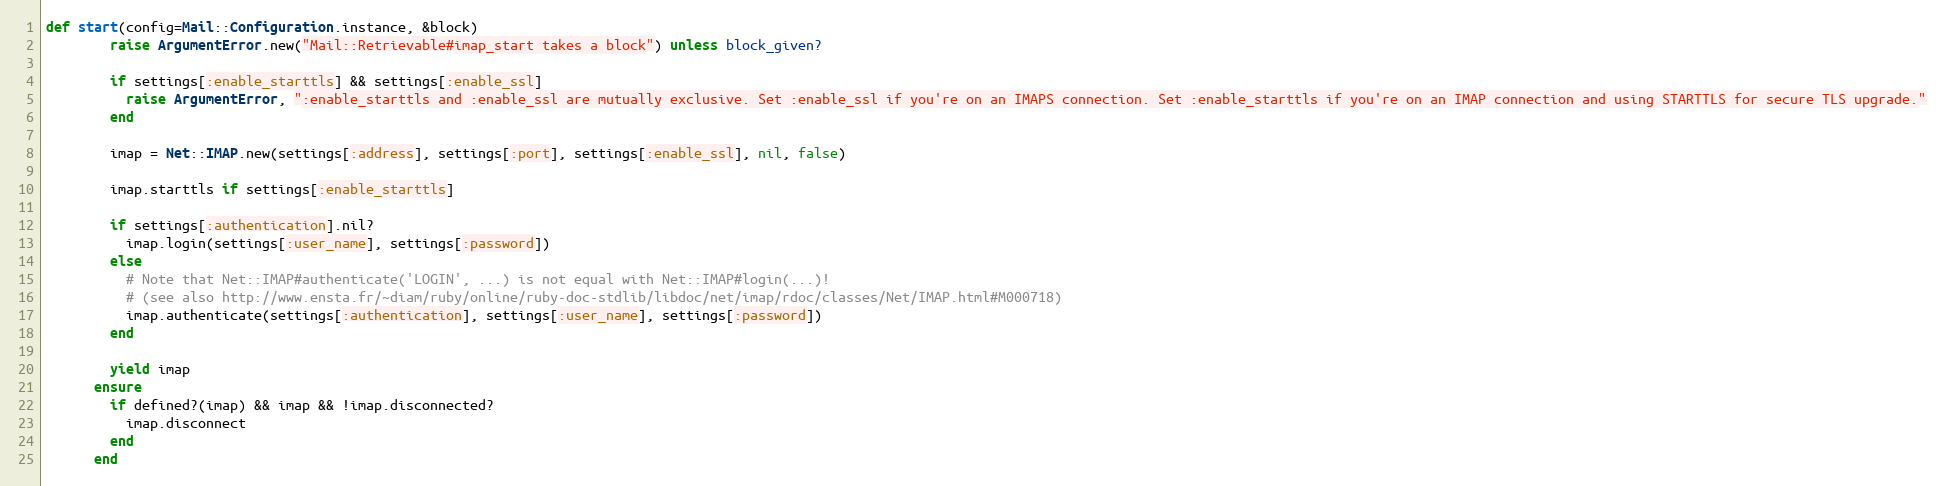
Language: Ruby
def start(config=Mail::Configuration.instance, &block)
        raise ArgumentError.new("Mail::Retrievable#imap_start takes a block") unless block_given?

        if settings[:enable_starttls] && settings[:enable_ssl]
          raise ArgumentError, ":enable_starttls and :enable_ssl are mutually exclusive. Set :enable_ssl if you're on an IMAPS connection. Set :enable_starttls if you're on an IMAP connection and using STARTTLS for secure TLS upgrade."
        end

        imap = Net::IMAP.new(settings[:address], settings[:port], settings[:enable_ssl], nil, false)

        imap.starttls if settings[:enable_starttls]

        if settings[:authentication].nil?
          imap.login(settings[:user_name], settings[:password])
        else
          # Note that Net::IMAP#authenticate('LOGIN', ...) is not equal with Net::IMAP#login(...)!
          # (see also http://www.ensta.fr/~diam/ruby/online/ruby-doc-stdlib/libdoc/net/imap/rdoc/classes/Net/IMAP.html#M000718)
          imap.authenticate(settings[:authentication], settings[:user_name], settings[:password])
        end

        yield imap
      ensure
        if defined?(imap) && imap && !imap.disconnected?
          imap.disconnect
        end
      end